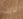
لايت